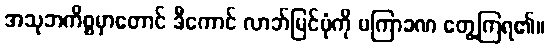
အသုဘကိစ္စမှာတောင် ဒီကောင် လာဘ်မြင်ပုံကို မကြာခဏ တွေ့ကြရ၏။